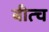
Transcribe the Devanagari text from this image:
बीत्च